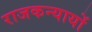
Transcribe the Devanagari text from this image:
राजकन्यायों